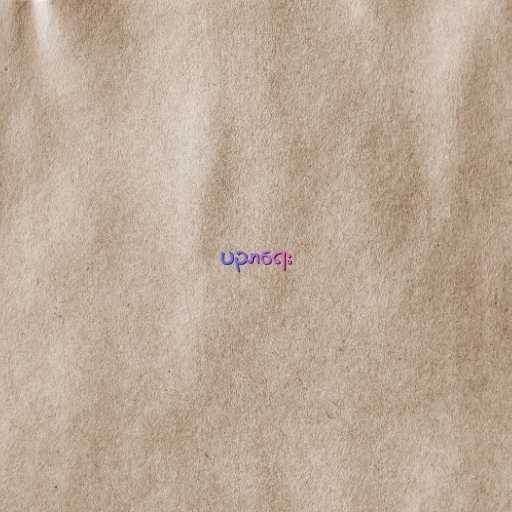
ပညာရေး